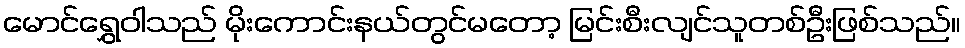
မောင်ရွှေဝါသည် မိုးကောင်းနယ်တွင်မတော့ မြင်းစီးလျင်သူတစ်ဦးဖြစ်သည်။